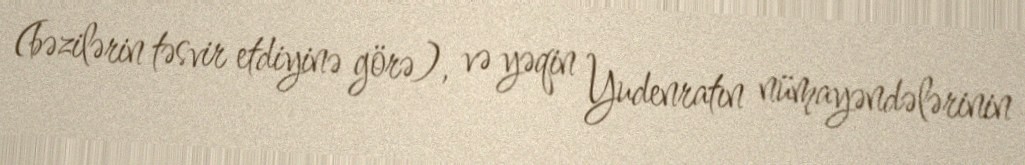
(bəzilərin təsvir etdiyinə görə), və yəqin Yudenratın nümayəndələrinin